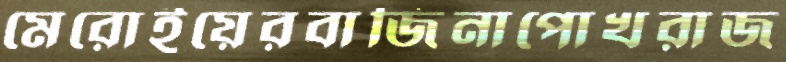
মেরোইয়েরবাজিনাপোখরাজ